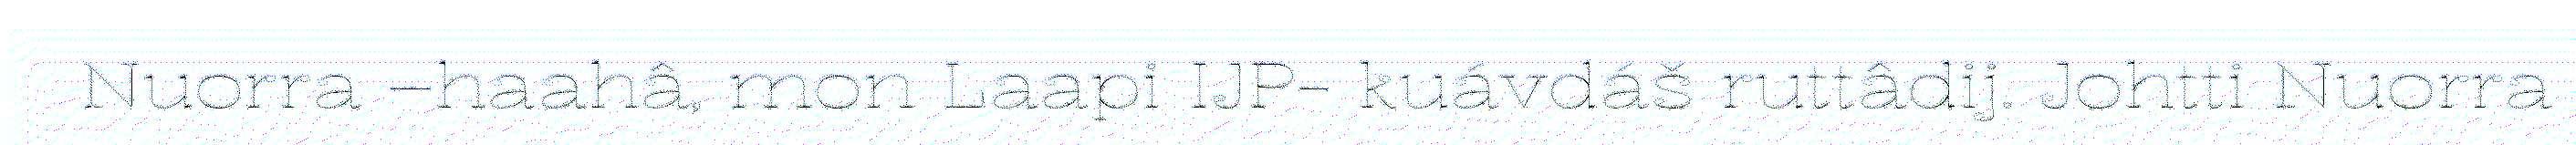
Nuorra –haahâ, mon Laapi IJP- kuávdáš ruttâdij. Johtti Nuorra